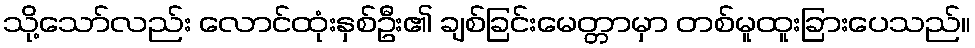
သို့သော်လည်း လောင်ထုံးနှစ်ဦး၏ ချစ်ခြင်းမေတ္တာမှာ တစ်မူထူးခြားပေသည်။